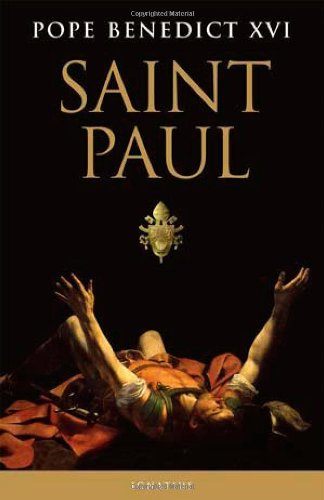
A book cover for Saint Paul; Pope Benedict XVI; Christian Books & Bibles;